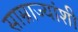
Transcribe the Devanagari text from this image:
साम्राज्यांशी